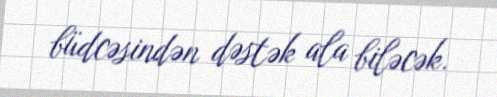
büdcəsindən dəstək ala biləcək.